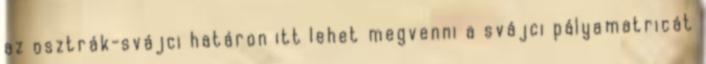
az osztrák-svájci határon itt lehet megvenni a svájci pályamatricát